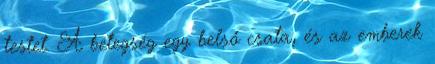
testet. A betegség egy belső csata, és az emberek